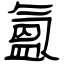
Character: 氳